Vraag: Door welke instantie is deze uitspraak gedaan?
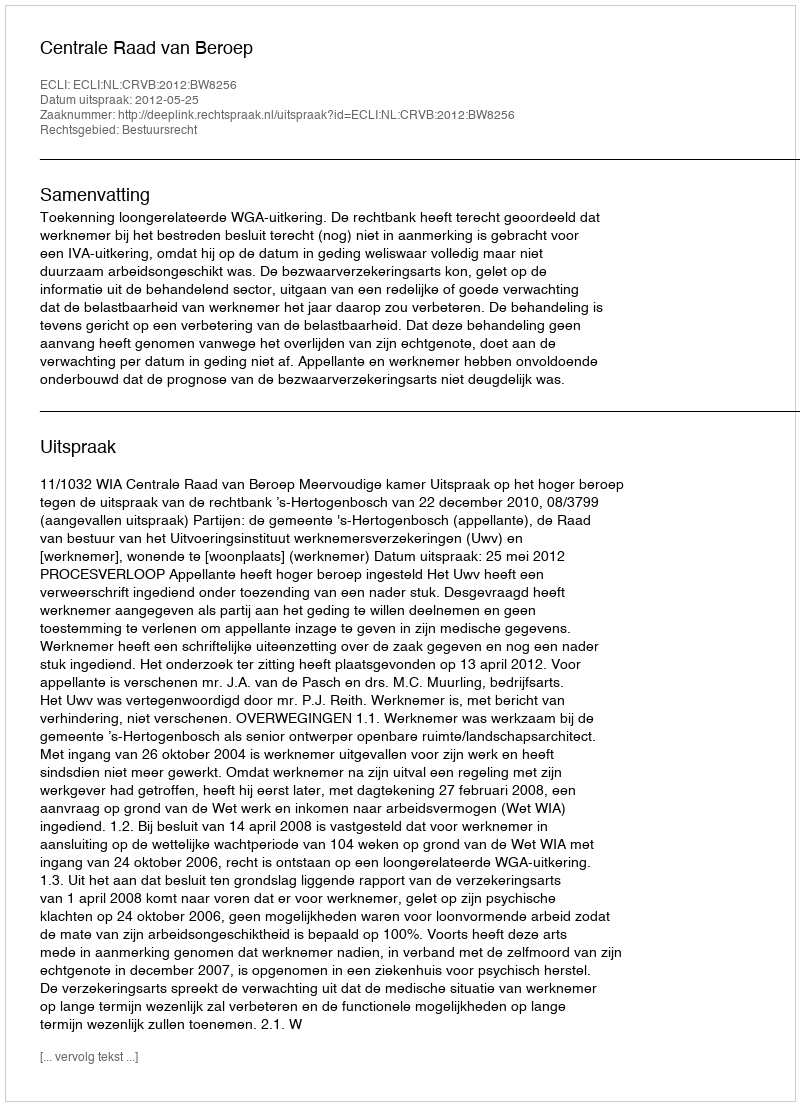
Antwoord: Centrale Raad van Beroep